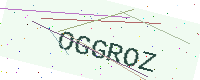
Text: OGGROZ